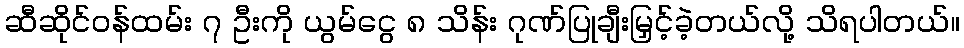
ဆီဆိုင်ဝန်ထမ်း ၇ ဦးကို ယွမ်ငွေ ၈ သိန်း ဂုဏ်ပြုချီးမြှင့်ခဲ့တယ်လို့ သိရပါတယ်။